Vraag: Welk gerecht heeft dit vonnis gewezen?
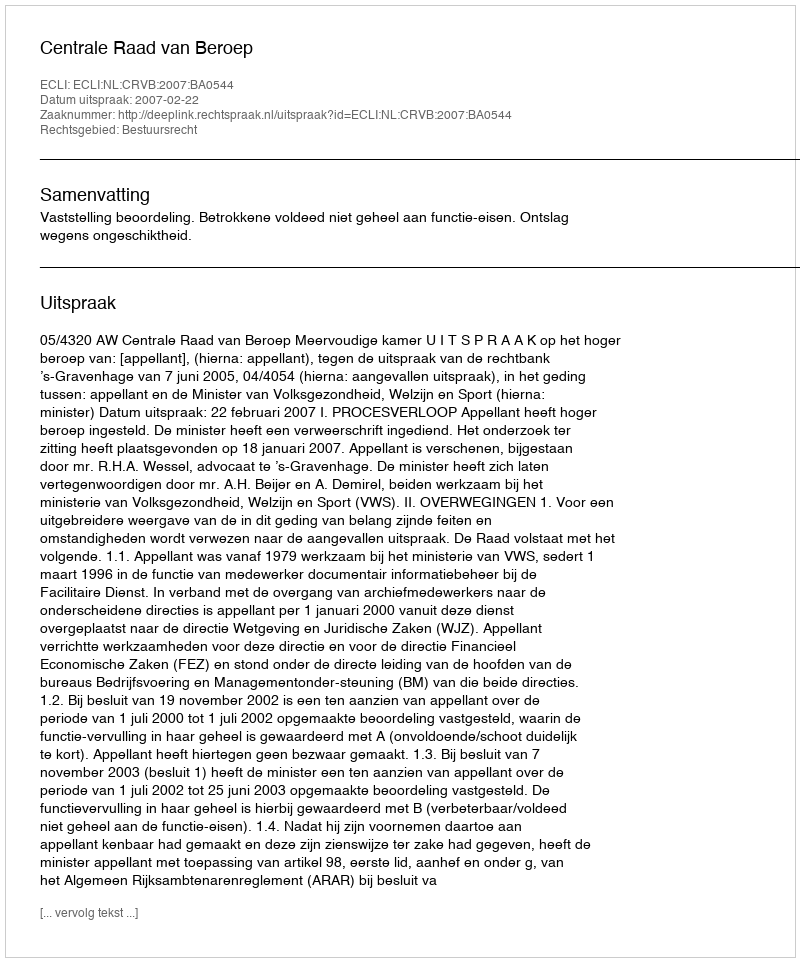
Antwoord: Centrale Raad van Beroep